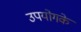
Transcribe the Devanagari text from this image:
उपयोगके